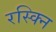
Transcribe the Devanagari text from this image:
रस्क्नि